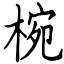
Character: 椀